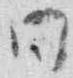
同